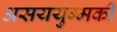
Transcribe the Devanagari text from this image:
असययुग्मकी